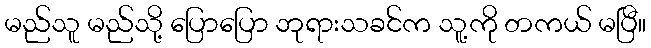
မည်သူ မည်သို့ ပြောပြော ဘုရားသခင်က သူ့ကို တကယ် မပြီ။